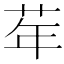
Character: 𦮴